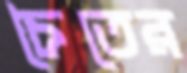
চৈতের